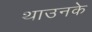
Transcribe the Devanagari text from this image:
थाउनके